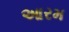
આરમ